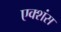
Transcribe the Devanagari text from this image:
एक्शंस